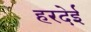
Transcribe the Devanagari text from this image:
हरदेई